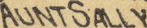
AUNTSALLY